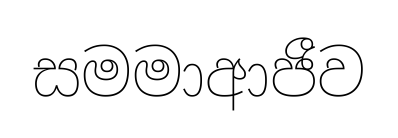
සමමාආජීව